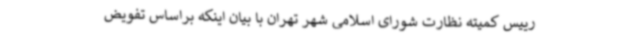
رییس کمیته نظارت شورای اسلامی شهر تهران با بیان اینکه براساس تفویض